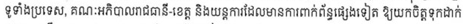
ទូទាំងប្រទេស, គណៈអភិបាលរាជធានី-ខេត្ត និងយន្តការដែលមានការពាក់ព័ន្ធផ្សេងទៀត ឱ្យុយកចិត្តទុកដាក់